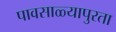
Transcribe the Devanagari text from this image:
पावसाळ्यापुरता